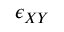
\epsilon _ { X Y }